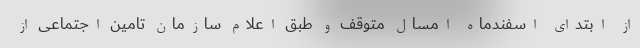
از ابتدای اسفندماه امسال متوقف و طبق اعلام سازمان تامین اجتماعی از